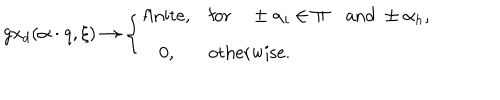
LaTeX: g x _ { d } ( \alpha \cdot q , \xi ) \to \left\{ \begin{array} { c l } { { \mathrm { f i n i t e } , } } & { { \mathrm { f o r } \quad \pm \alpha _ { i } \in \Pi \quad \mathrm { a n d } \ \pm \alpha _ { h } , } } \\ { { 0 , } } & { { \mathrm { o t h e r w i s e . } } } \\ \end{array} \right.